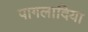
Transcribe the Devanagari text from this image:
पागलादिया